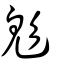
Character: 鬽